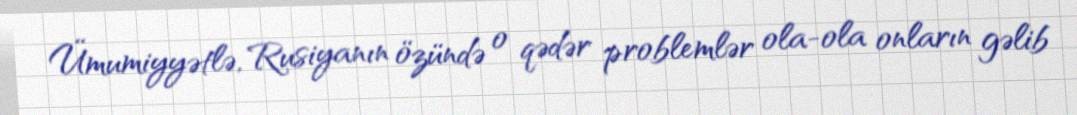
Ümumiyyətlə, Rusiyanın özündə o qədər problemlər ola-ola onların gəlib